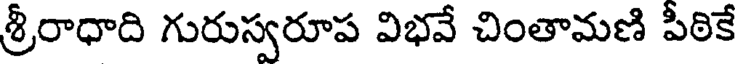
శ్రీరాధాది గురుస్వరూప విభవే చింతామణి పీఠికే